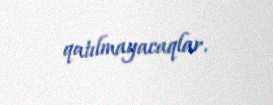
qatılmayacaqlar.